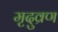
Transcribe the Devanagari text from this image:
मृदुव्रण